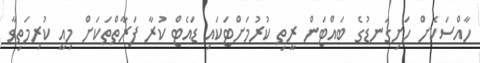
ހާއްސަކޮށް ހަށިގަނޑުގެ ބައްޓަން ރީތި ކުރުމަށްޓަކައި ޑައެޓް ކުރާ ފަރާތްތަކަށް މިއީ ކުރިމަތިވާ